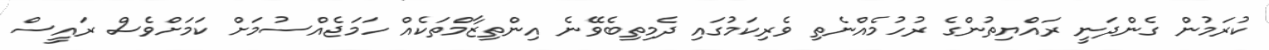
ކުރަމުން ގެންދަނީ ރައްޔިތުންގެ ރުހުމެއްނެތި ވެރިކަމުގައި ދެމިތިބެވޭނެ އިންތިޒާމްތަކެއް ހަމަޖެއްސުމަށް ކަމަށްވެސް ރައީސް